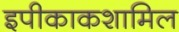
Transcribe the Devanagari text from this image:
इपीकाकशामिल